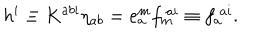
LaTeX: h ^ { i } \equiv K ^ { a b i } \eta _ { a b } = e _ { a } ^ { m } f _ { m } ^ { ~ a i } \equiv f _ { a } ^ { ~ a i } .